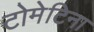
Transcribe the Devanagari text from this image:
टोमेटिना